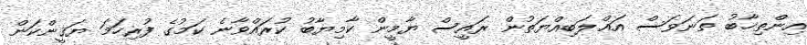
އިންތިޚާބު ތަނަވަސް އަޣްލަބިއްޔަތުން ރައީސް ޔާމީން ކާމިޔާބު ކުރައްވާނެ ކަމުގެ ފުރިހަމަ ޔަޤީންކަން